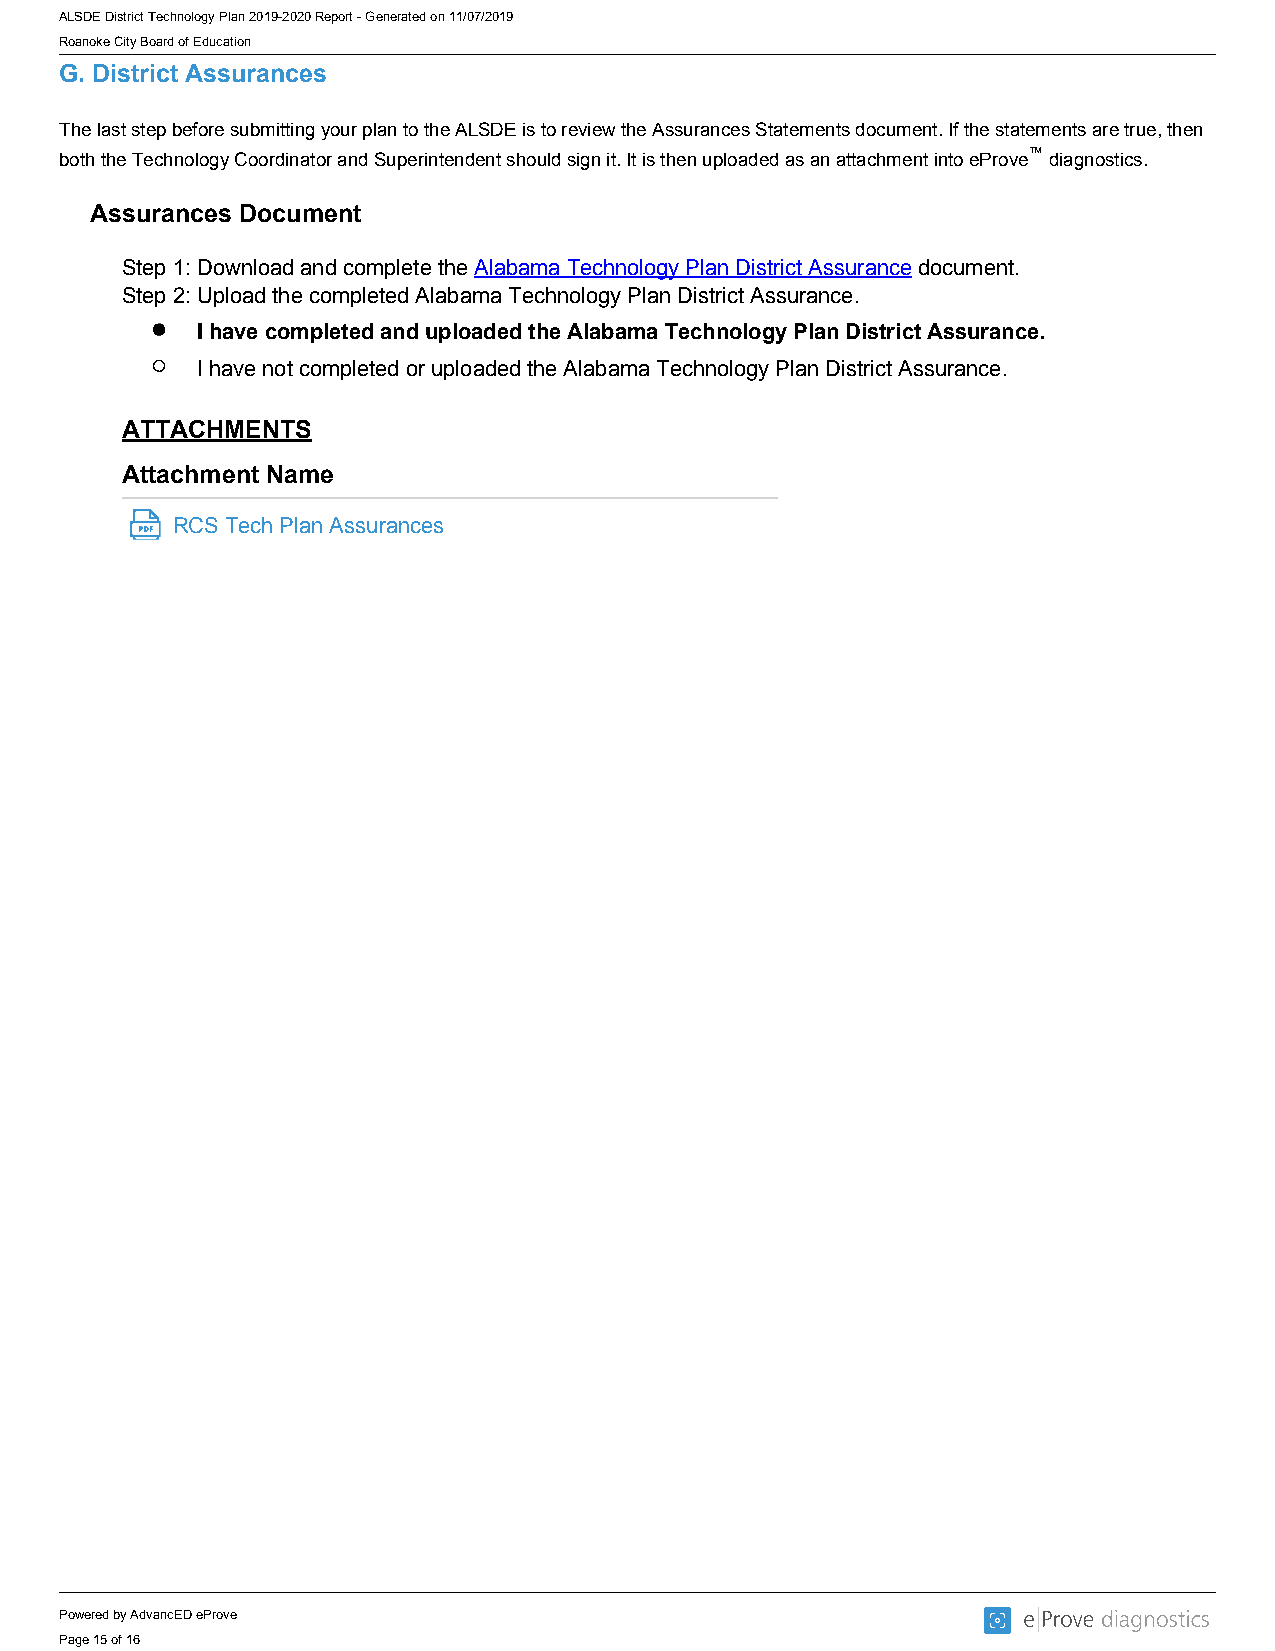
ALSDE District Technology Plan 2019-2020 Report - Generated on 11/07/2019
 Roanoke City Board of Education
 G. District Assurances
 The last step before submitting your plan to the ALSDE is to review the Assurances Statements document. If the statements are true, then
 both the Technology Coordinator and Superintendent should sign it. It is then uploaded as an attachment into eProve™ diagnostics.
 Assurances Document
 Step 1: Download and complete the Alabama Technology Plan District Assurance document.
 Step 2: Upload the completed Alabama Technology Plan District Assurance.
 I have completed and uploaded the Alabama Technology Plan District Assurance.
 I have not completed or uploaded the Alabama Technology Plan District Assurance.
 ATTACHMENTS
 Attachment Name
 RCS Tech Plan Assurances
 Powered by AdvancED eProve
 Page 15 of 16